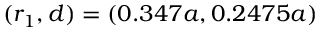
( r _ { 1 } , d ) = ( 0 . 3 4 7 a , 0 . 2 4 7 5 a )